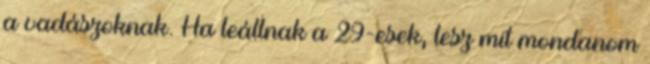
a vadászoknak. Ha leállnak a 29-esek, lesz mit mondanom